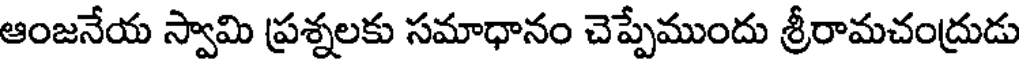
ఆంజనేయ స్వామి ప్రశ్నలకు సమాధానం చెప్పేముందు శ్రీరామచంద్రుడు